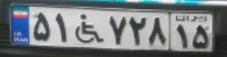
۵۱+۷۲۸۱۵